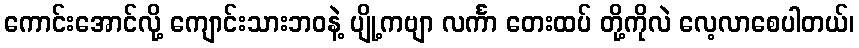
ကောင်းအောင်လို့ ကျောင်းသားဘဝနဲ့ ပျို့ကဗျာ လင်္ကာ တေးထပ် တို့ကိုလဲ လေ့လာစေပါတယ်၊